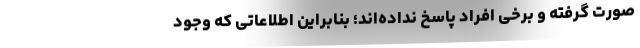
صورت گرفته و برخی افراد پاسخ نداده‌اند؛ بنابراین اطلاعاتی که وجود